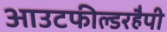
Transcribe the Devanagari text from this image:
आउटफील्डरहैपी